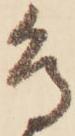
鳥